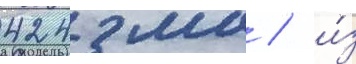
424 мм / и́з